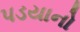
પડયાનો